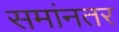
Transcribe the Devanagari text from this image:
समांनतर